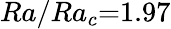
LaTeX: Ra/Ra_{c}{=}1.97